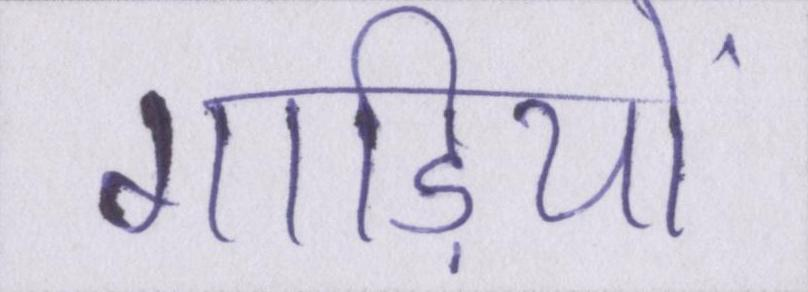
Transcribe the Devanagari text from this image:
गाड़ियों